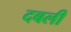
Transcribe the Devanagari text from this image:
दबली